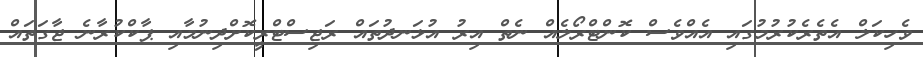
ވެހިކަލް އެތެރެކުރުމުގައި އެއްވެސް ކޮންޓްރޯލެއް ނެތް އިރު އުޅަނދުތައް ރަޖިސްޓްރީކޮށްދިނުމާއި ޕާކްކުރާނެ ޖާގަތައް